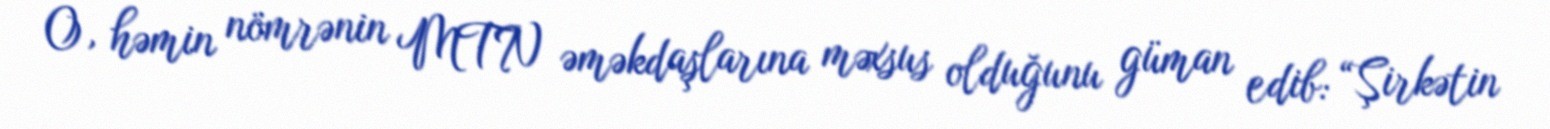
O, həmin nömrənin MTN əməkdaşlarına məxsus olduğunu güman edib: “Şirkətin